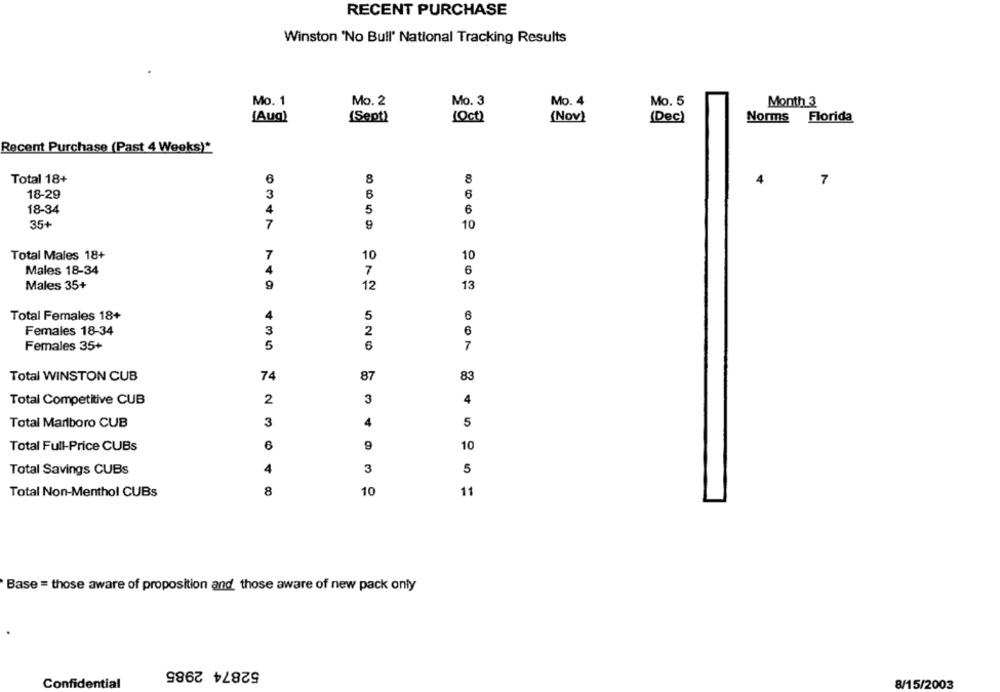
RECENT PURCHASE
Winston 'No Bull' National Tracking Results
Mo. 1
Mo. 2
Mo. 3
Mo. 4
Mo. 5
Month 3
(Aug)
[Oct)
(Nov)
Norms Florida
(Sept)
(Dec)
Recent Purchase (Past 4 Weeks)*
Total 18+
6
8
8
4
7
18-29
3
6
6
18-34
5
6
35+
7
9
10
7
10
10
Total Males 18+
6
Males 18-34
7
13
Males 35+
9
12
Total Females 18+
4
5
Females 18-34
3
2
6
5
6
7
Females 35+
Total WINSTON CUB
74
87
83
Total Competitive CUB
2
3
4
3
4
5
Total Marlboro CUB
Total Full-Price CUBs
10
Total Savings CUBs
4
3
5
8
11
Total Non-Menthol CUBs
10
Base = those aware of proposition and those aware of new pack only
52874 2985
Confidential
8/15/2003